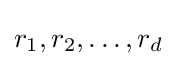
r_{1},r_{2},\dots ,r_{d}